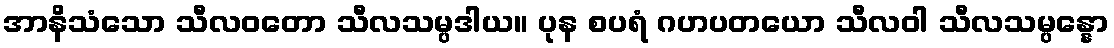
အာနိသံသော သီလဝတော သီလသမ္ပဒါယ။ ပုန စပရံ ဂဟပတယော သီလဝါ သီလသမ္ပန္နော